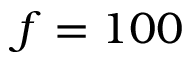
f = 1 0 0